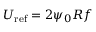
U _ { \mathrm { r e f } } = 2 \psi _ { 0 } R f